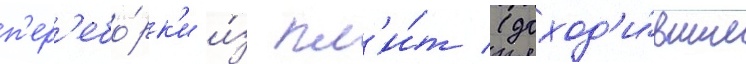
п'ер'ебо́рк'и и́з пл'и́т (доход'и́вшие